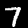
Digit: 7